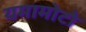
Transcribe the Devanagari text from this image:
यमामोटो